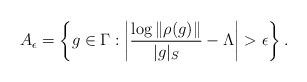
LaTeX: \begin{align*}A_\epsilon = \left\{ g \in \Gamma: \left| \frac{\log\|\rho(g)\|}{|g|_S} - \Lambda \right| > \epsilon \right\}.\end{align*}